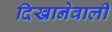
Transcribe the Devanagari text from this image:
दिखानेवाली